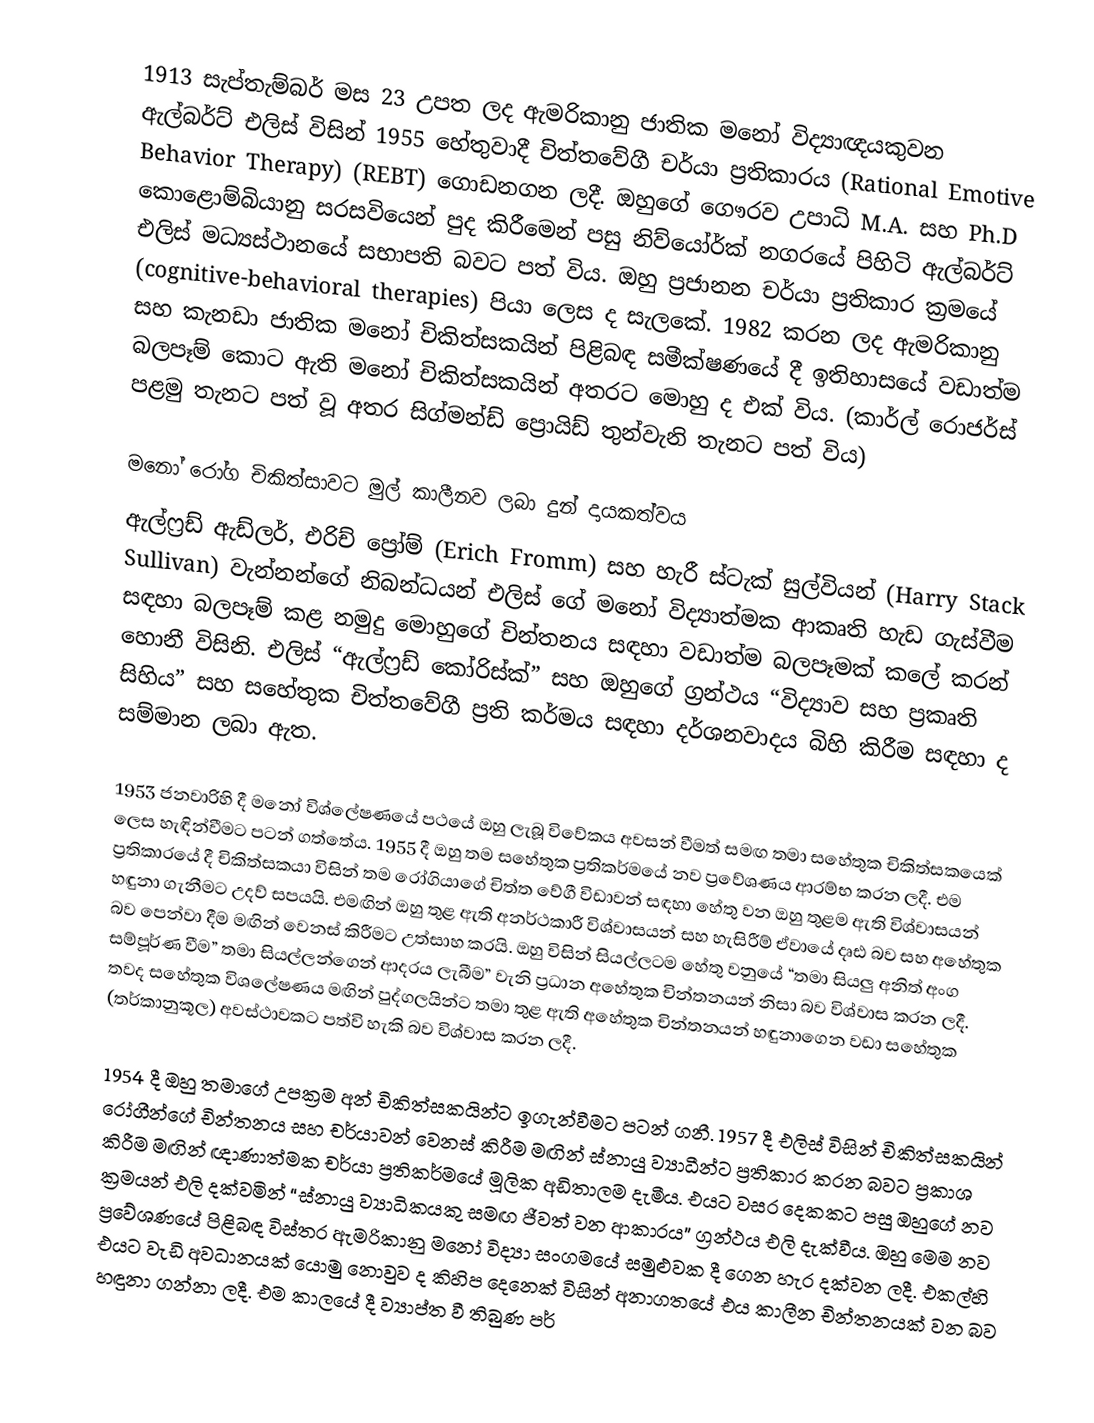
1913 සැප්තැම්බර් මස 23 උපත ලද ඇමරිකානු ජාතික මනෝ විද්‍යාඥයකුවන ඇල්බර්ට් එලිස් විසින් 1955 හේතුවාදී චිත්තවේගී චර්යා ප්‍රතිකාරය (Rational Emotive Behavior Therapy) (REBT) ගොඩනගන ලදී. ඔහුගේ ගෞරව උපාධි M.A. සහ Ph.D කොළොම්බියානු සරසවියෙන් පුද කිරීමෙන් පසු නිව්යෝර්ක් නගරයේ පිහිටි ඇල්බර්ට් එලිස් මධ්‍යස්ථානයේ සභාපති බවට පත් විය. ඔහු ප්‍රජානන චර්යා ප්‍රතිකාර ක්‍රමයේ (cognitive-behavioral therapies) පියා ලෙස ද සැලකේ. 1982 කරන ලද ඇමරිකානු සහ කැනඩා ජාතික මනෝ චිකිත්සකයින් පිළිබඳ සමීක්ෂණයේ දී ඉතිහාසයේ වඩාත්ම බලපෑම් කොට ඇති මනෝ චිකිත්සකයින් අතරට මොහු ද එක් විය. (කාර්ල් රොජර්ස් පළමු තැනට පත් වූ අතර සිග්මන්ඩ් ප්‍රොයිඩ් තුන්වැනි තැනට පත් විය)

මනෝ රෝග චිකිත්සාවට මුල් කාලීනව ලබා දුන් දායකත්වය​
ඇල්ෆ්‍ර​ඩ් ඇඩ්ලර්, එරිච් ප්‍රෝම් (Erich Fromm) සහ හැරී ස්ටැක් සුල්වියන් (Harry Stack Sullivan) වැන්නන්ගේ නිබන්ධයන් එලිස් ගේ මනෝ විද්‍යාත්මක ආකෘති හැඩ ගැස්වීම සඳහා බලපෑම් කළ නමුදු මොහුගේ චින්තනය සඳහා වඩාත්ම බලපෑමක් කලේ කරන් හොනී විසිනි. එලිස් “ඇල්ෆ්‍රඩ් කෝරිස්ක්” සහ ඔහුගේ ග්‍රන්ථය “විද්‍යාව සහ ප්‍රකෘති සිහිය” සහ සහේතුක චිත්තවේගී ප්‍රති කර්මය සඳහා දර්ශනවාදය බිහි කිරීම සඳහා ද සම්මාන ලබා ඇත.

1953 ජනවාරිහි දී ම‍නෝ විශ්ලේෂණයේ පථයේ ඔහු ලැබූ විවේකය අවසන් වීමත් සමඟ තමා සහේතුක චිකිත්සකයෙක් ලෙස හැඳින්වීමට පටන් ගත්තේය. 1955 දී ඔහු තම සහේතුක ප්‍රතිකර්මයේ නව ප්‍රවේශණය ආරම්භ කරන ලදී. එම ප්‍රතිකාරයේ දී චිකිත්සකයා විසින් තම රෝගියාගේ චිත්ත වේගී විඩාවන් සඳහා හේතු වන ඔහු තුළම ඇති විශ්වාසයන් හඳුනා ගැනීමට උදව් සපයයි. එමඟින් ඔහු තුළ ඇති අනර්ථකාරී විශ්වාසයන් සහ හැසිරීම් ඒවායේ දෘඪ බව සහ අහේතුක බව පෙන්වා දීම මඟින් වෙනස් කිරීමට උත්සාහ කරයි. ඔහු විසින් සියල්ලටම හේතු වනුයේ “තමා සියලු අනිත් අංග සම්පූර්ණ වීම” තමා සියල්ලන්ගෙන් ආදරය ලැබීම” වැනි ප්‍රධාන අහේතුක චින්තනයන් නිසා බව විශ්වාස කරන ලදී. තවද සහේතුක විශලේෂණය මඟින් පුද්ගලයින්ට තමා තුළ ඇති අහේතුක චින්තනයන් හඳුනාගෙන වඩා සහේතුක (තර්කානුකූල) අවස්ථාවකට පත්වි හැකි බව විශ්වාස කරන ලදී.

1954 දී ඔහු තමාගේ උපක්‍රම අන් චිකිත්සකයින්ට ඉගැන්වීමට පටන් ගනී. 1957 දී එලිස් විසින් චිකිත්සකයින් රෝගීන්ගේ චින්තනය සහ චර්යාවන් වෙනස් කිරීම මඟින් ස්නායු ව්‍යාධීන්ට ප්‍රතිකාර කරන බවට ප්‍රකාශ කිරීම මඟින් ඥාණාත්මක චර්යා ප්‍රතිකර්මයේ මූලික අඩිතාලම දැමීය. එයට වසර දෙකකට පසු ඔහුගේ නව ක්‍රමයන් එලි දක්වමින් “ස්නායු ව්‍යාධිකයකු සමඟ ජීවත් වන ආකාරය” ග්‍රන්ථය එලි දැක්වීය. ඔහු මෙම නව ප්‍රවේශණයේ පිළිබඳ විස්තර ඇමරිකානු මනෝ විද්‍යා සංගමයේ සමුළුවක දී ගෙන හැර දක්වන ලදී. එකල්හි එයට වැඩි අවධානයක් යොමු නොවුව ද කිහිප දෙනෙක් විසින් අනාගතයේ එය කාලීන චින්තනයක් වන බව හඳුනා ගන්නා ලදී. එම කාලයේ දී ව්‍යාප්ත වී තිබුණ පර්